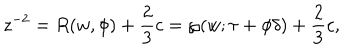
z ^ { - 2 } = R ( w , \phi ) + \frac { 2 } { 3 } c = \wp ( w ; \tau + \phi \delta ) + \frac { 2 } { 3 } c ,